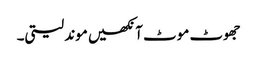
جھوٹ موٹ آنکھیں موند لیتی۔